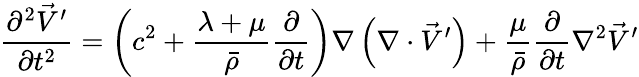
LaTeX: \frac{\partial^{2}\vec{V}^{\prime}}{\partial t^{2}}=\left(c^{2}+\frac{\lambda+\mu}{\bar{\rho}}\frac{\partial}{\partial t}\right)\nabla\left(\nabla\cdot\vec{V}^{\prime}\right)+\frac{\mu}{\bar{\rho}}\frac{\partial}{\partial t}\nabla^{2}\vec{V}^{\prime}